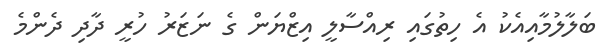
ބަލާލުމާއިއެކު އެ ހިތުގައި ރިއްސާލީ އިޒްޔަން ގެ ނަޒަރު ހުރީ ދާދި ދެންމެ